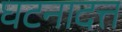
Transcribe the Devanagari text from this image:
घटनादत्त